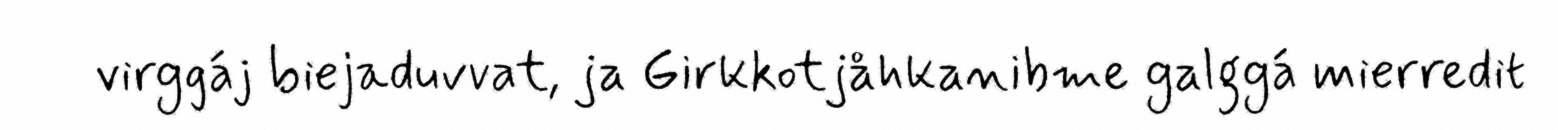
virggáj biejaduvvat, ja Girkkotjåhkanibme galggá mierredit